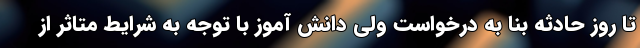
تا روز حادثه بنا به درخواست ولی دانش آموز با توجه به شرایط متاثر از